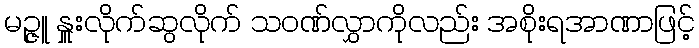
မဉ္ဇူ နှူးလိုက်ဆွလိုက် သဝဏ်လွှာကိုလည်း အစိုးရအာဏာဖြင့်